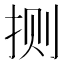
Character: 𫼤